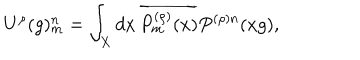
U ^ { \rho } ( g ) _ { m } ^ { n } = \int _ { X } d x \, \overline { { { P _ { m } ^ { ( \rho ) } ( x ) } } } P ^ { ( \rho ) n } ( x g ) ,